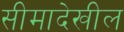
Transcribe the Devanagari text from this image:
सीमादेखील